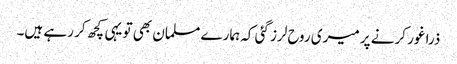
ذرا غور کرنے پر میری روح لرز گئی کہ ہمارے مسلمان بھی تو یہی کچھ کر رہے ہیں۔